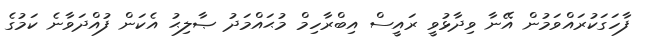
ފާހަގަކުރައްވަމުން އޭނާ ވިދާޅުވީ ރައީސް އިބްރާހިމް މުޙައްމަދު ޞާލިޙު އެކަން ފުއްދަވާނެ ކަމުގެ